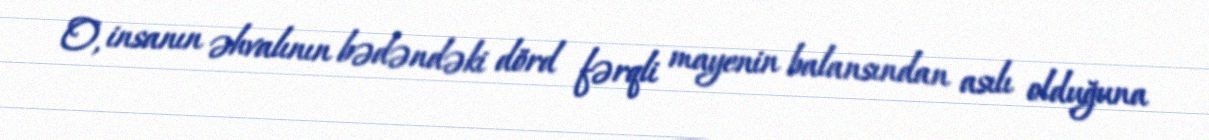
O, insanın əhvalının bədəndəki dörd fərqli mayenin balansından asılı olduğuna